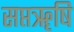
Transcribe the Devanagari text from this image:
सप्तॠषि